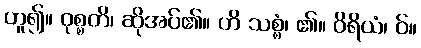
ဟူ၍။ ဝုစ္စတိ၊ ဆိုအပ်၏။ ဟိ သစ္စံ၊ ၏။ ဝိရိယံ၊ ဝ်။